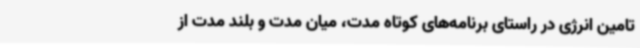
تامین انرژی در راستای برنامه‌های کوتاه مدت، میان مدت و بلند مدت از